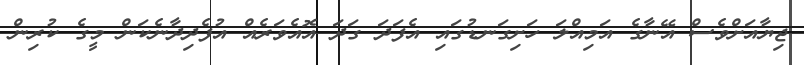
ޖިޔާއަށްވެސް އޭނާގެ އަމިއްލަ ހަށިގަނޑުގައި އެފަދަ ގަދަ އޮއެވަރެއް އުފެދިދާނެކަން މީގެ ކުރިން